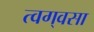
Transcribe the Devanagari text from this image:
त्वग्‌वसा